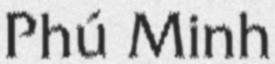
Phú Minh